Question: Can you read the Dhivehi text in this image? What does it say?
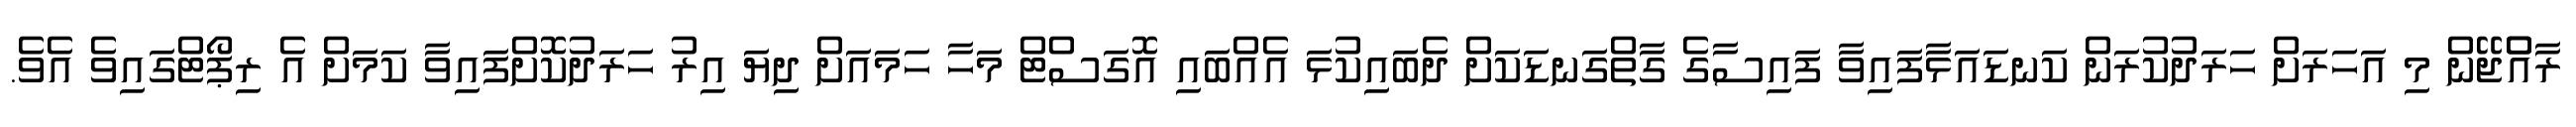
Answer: ރާއްްޖޭން މި އަހަރަށް ހަރަދުކުރަން ކަނޑައަޅާފައިވާ ފައިސާގެ ގާތްގަނޑަކަށް ދެބައިކުޅަ އެއްބައި އޮގަސްޓް މަހާ ހަމައަށް ދިޔަ އިރު ހަރަދުކޮށްފައިވާ ކަމަށް އެ ރިޕޯޓްގައިވެ އެވެ.